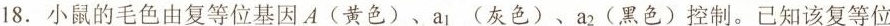
18.小鼠的毛色由复等位基因A(黄色)、a_{1}(灰色)、a_{2}(黑色)控制。已知该复等位